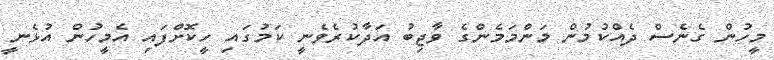
މީހުން ގެނެސް ދެއްކުމުން މަންމަމެންގެ ވާޖިބު އަދާކުރެވެނީ ކަމުގައި ހީކޮށްފައި އެމީހުން އުޅެނީ